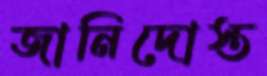
জানিদোস্ত